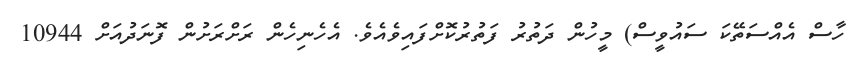
ހާސް އެއްސަތޭކަ ސައުވީސް) މީހުން ދަތުރު ފަތުރުކޮށްފައިވެއެވެ. އެހެނިހެން ރަށްރަށުން ފޮނަދުއަށް 10944